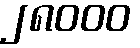
၂၈၀၀၀